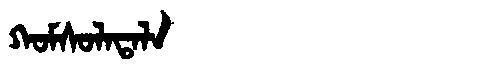
Manchu: ᡴᠣᠮᠰᠣᠯᠠᡨᠠᠯᠠ
Romanization: KOMSOLATALA